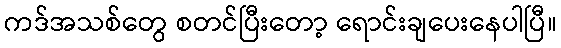
ကဒ်အသစ်တွေ စတင်ပြီးတော့ ရောင်းချပေးနေပါပြီ။